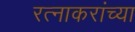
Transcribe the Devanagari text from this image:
रत्नाकरांच्या